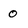
Character: 0